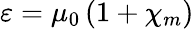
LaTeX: \varepsilon=\mu_{0}\left(1+\chi_{m}\right)